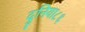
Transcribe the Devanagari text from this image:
दुनिया८६